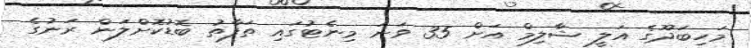
މަހިބަދޫގެ އަލީ ޝާލިމް އަށް 35 ވަނަ މިނެޓުގައި ތަފާތު ބޮޑުކޮށްލަން ރަނުގެ